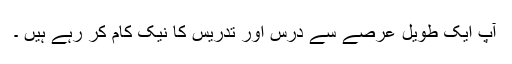
آپ ایک طویل عرصے سے درس اور تدریس کا نیک کام کر رہے ہیں ۔